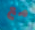
مع